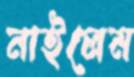
নাইলেম